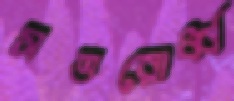
সত্তরোর্ধ্ব